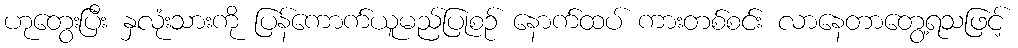
ဟုတွေးပြီး နှလုံးသားကို ပြန်ကောက်ယူမည်ပြုစဉ် နောက်ထပ် ကားတစ်စင်း လာနေတာတွေ့ရသဖြင့်